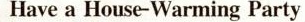
Have a House-Warming Party